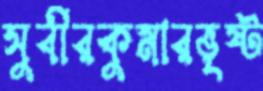
সুবীরকুমারভৃষ্ট